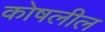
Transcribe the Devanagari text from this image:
कोषलील